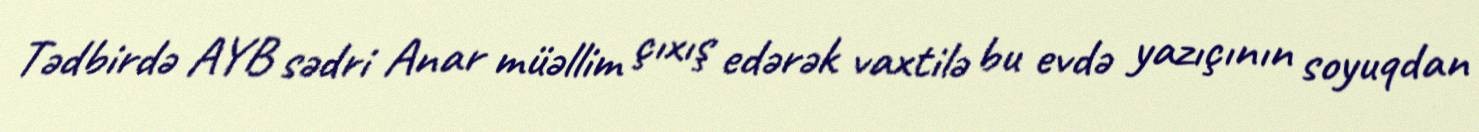
Tədbirdə AYB sədri Anar müəllim çıxış edərək vaxtilə bu evdə yazıçının soyuqdan